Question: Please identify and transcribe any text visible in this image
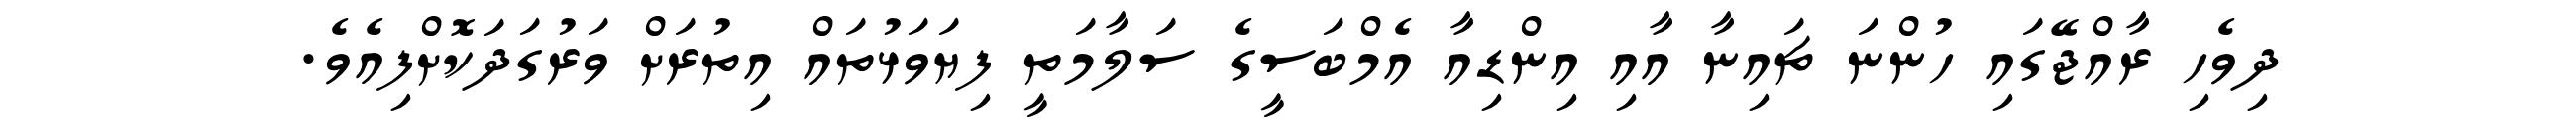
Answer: ދިވެހި ރާއްޖޭގައި ހުންނަ ޗައިނާ އާއި އިންޑިއާ އެމްބަސީގެ ސަލާމަތީ ފިޔަވަޅުތައް އިތުރަށް ވަރުގަދަކޮށްފިއެވެ.